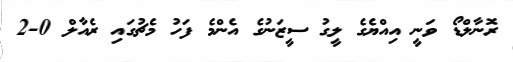
ރޮނާލްޑޯ ވަނީ އިއްޔެގެ ލީގު ސީޒަނުގެ އެންމެ ފަހު މެޗުގައި ރެއާލް 0-2